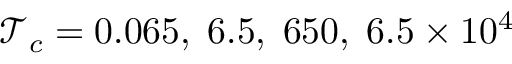
\mathcal { T } _ { c } = 0 . 0 6 5 , \; 6 . 5 , \; 6 5 0 , \; 6 . 5 \times 1 0 ^ { 4 }